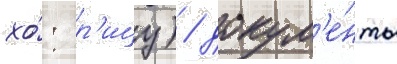
хо́: р'ицу) / докум'е́нты